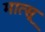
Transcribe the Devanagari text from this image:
मात्सू